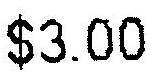
$3.00